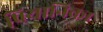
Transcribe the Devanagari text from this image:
पियानिका